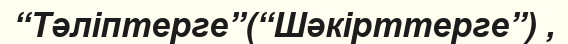
“Тәліптерге”(“Шәкірттерге”) ,